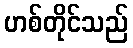
ဟစ်တိုင်သည်